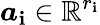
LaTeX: \boldsymbol{a}_{\mathbf{i}}\in\mathbb{{R}}^{r_{\mathbf{i}}}